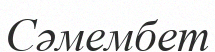
Сәмембет